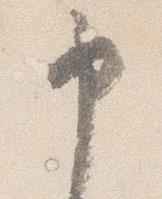
申